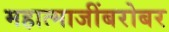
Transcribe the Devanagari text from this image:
महात्माजींबरोबर